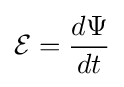
{\mathcal {E}}={\frac {d\Psi }{dt}}